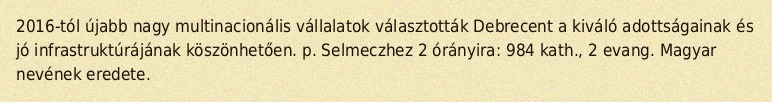
2016-tól újabb nagy multinacionális vállalatok választották Debrecent a kiváló adottságainak és jó infrastruktúrájának köszönhetően. p. Selmeczhez 2 órányira: 984 kath., 2 evang. Magyar nevének eredete.